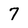
Character: 7